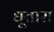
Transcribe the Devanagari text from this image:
धूतारा